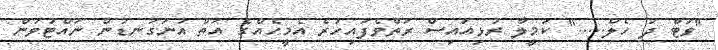
"ވަޓް ދަ ހެލް....." ކަމީލާ ރުޅިއައިސް ރަތްވެފައިހުރެ އެމީހެއްގެ އަތް އުނަގަނޑުން ނައްޓުވަން